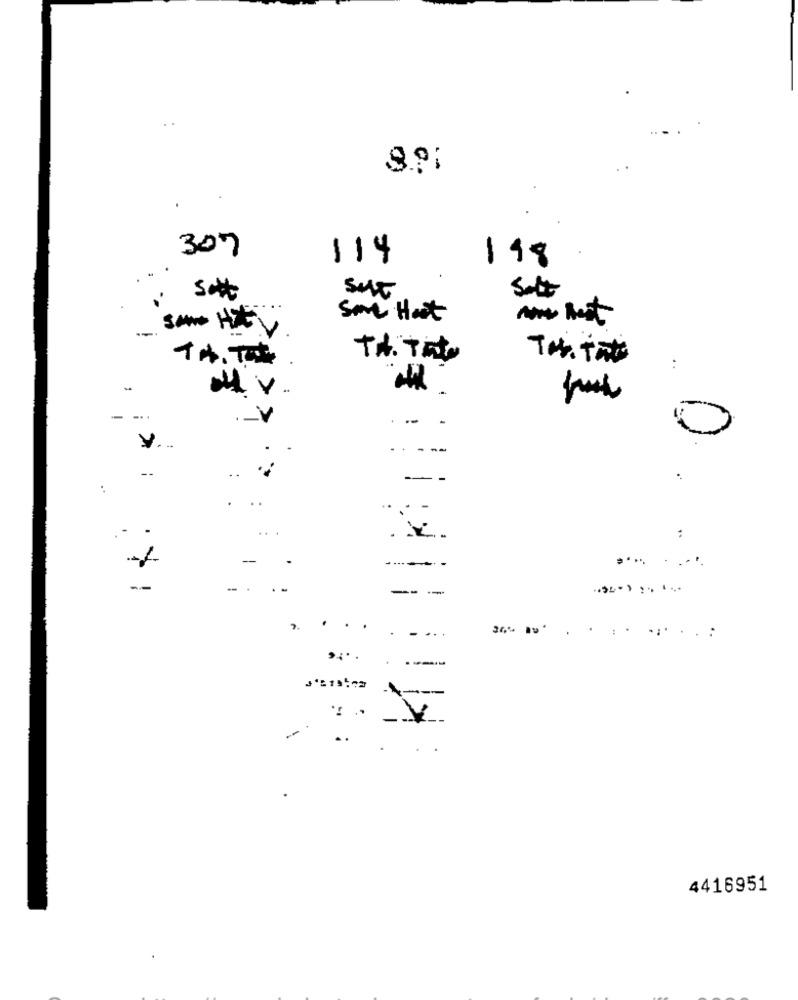
8.9:
307
114
198
sut
Salt
Some Hast
V
To. Tat
TA. Tato
Ten tate
-
...
-- -
0
V.
-----
..
--
--
. .
....
-
:
-
..... . ....
--
-
. .
-- -
. ...
........
-
-
..
4416951